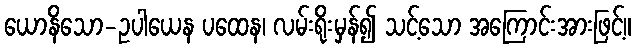
ယောနိသော-ဥပါယေန ပထေန၊ လမ်းရိုးမှန်၍ သင့်သော အကြောင်းအားဖြင့်။